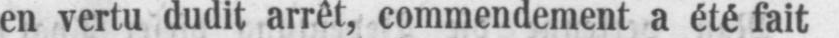
en vertu dudit arrêt, commendement a été fait